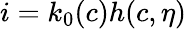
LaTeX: i=k_{0}(c)h(c,\eta)